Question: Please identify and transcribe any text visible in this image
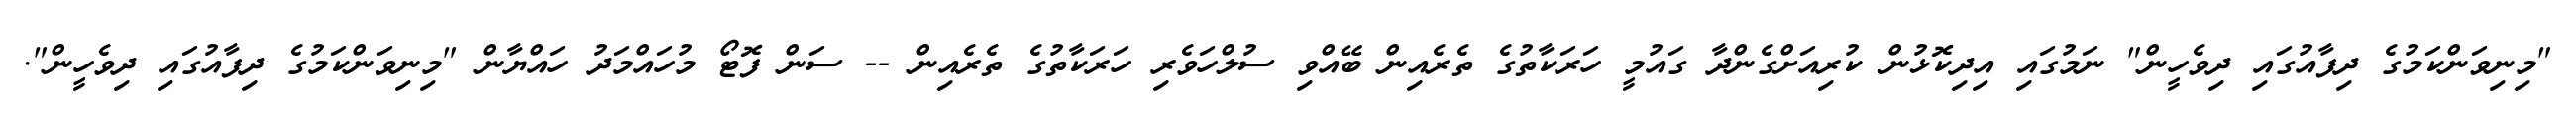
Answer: "މިނިވަންކަމުގެ ދިފާއުގައި ދިވެހީން" ނަމުގައި އިދިކޮޅުން ކުރިއަށްގެންދާ ގައުމީ ހަރަކާތުގެ ތެރެއިން ބޭއްވި ސުލްހަވެރި ހަރަކާތުގެ ތެރެއިން -- ސަން ފޮޓޯ މުހައްމަދު ހައްޔާން "މިނިވަންކަމުގެ ދިފާއުގައި ދިވެހީން".